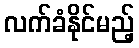
လက်ခံနိုင်မည့်